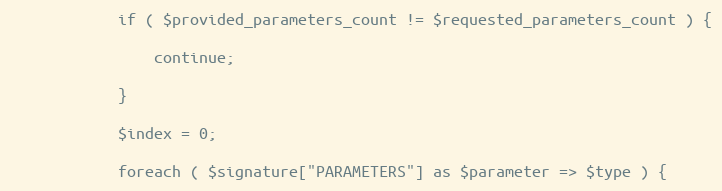
Language: PHP
            if ( $provided_parameters_count != $requested_parameters_count ) {

                continue;

            }

            $index = 0;

            foreach ( $signature["PARAMETERS"] as $parameter => $type ) {